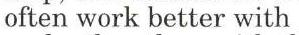
often work better with